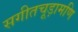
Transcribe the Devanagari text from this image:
सगीतचूड़ामणि